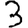
Digit: 3